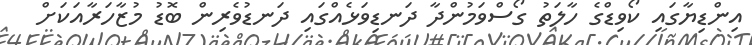
އިންޑިޔާގައި ކޯވިޑްގެ ހާލަތު ގޯސްވަމުންދާ ދަނޑިވަޅެއްގައި ދަނޑުވެރިން ބޮޑު މުޒާހަރާއަކަށް